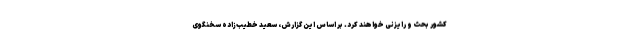
کشور بحث و رایزنی خواهند کرد. بر اساس این گزارش، سعید خطیب‌زاده سخنگوی